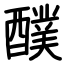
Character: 醭